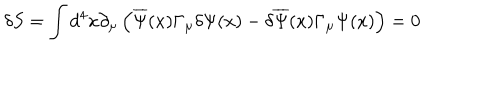
LaTeX: \delta S = \int d ^ { 4 } x \partial _ { \mu } \left( \overline { { { \Psi } } } ( x ) \Gamma _ { \mu } \delta \Psi ( x ) - \delta \overline { { { \Psi } } } ( x ) \Gamma _ { \mu } \Psi ( x ) \right) = 0